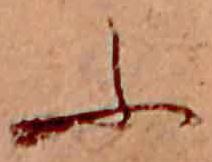
ふ